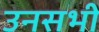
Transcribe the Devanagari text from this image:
उनसभी